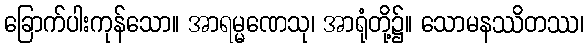
ခြောက်ပါးကုန်သော။ အာရမ္မဏေသု၊ အာရုံတို့၌။ သောမနဿိတဿ၊